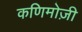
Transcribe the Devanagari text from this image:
कणिमोज़ी